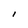
Character: I